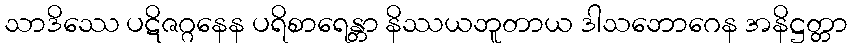
သာဒိဿေ ပဋိဇဂ္ဂနေန ပရိစာရေန္တာ နိဿယဘူတာယ ဒါသဘောဂေန အနိဋ္ဌတ္တာ